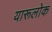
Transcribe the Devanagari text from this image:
यारूलोक